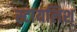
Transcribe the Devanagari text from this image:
स्टायलिश